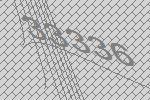
33336